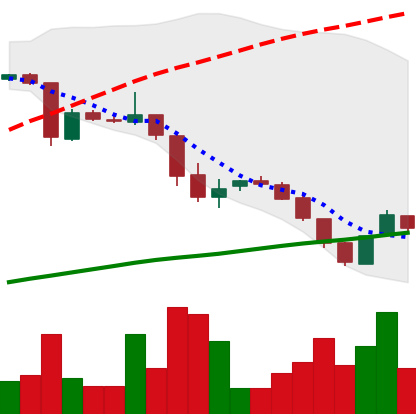
Ticker: DOGE-USD
Chart end date: 2018-10-28
Forward return: -7.138%
Label: down_7plus